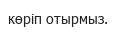
көріп отырмыз.